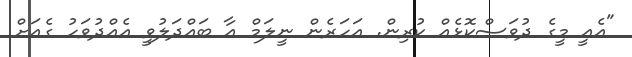
"އެއީ މީގެ ދުވަސްކޮޅެއް ކުރިން. އަހަރެން ނީލަމް އާ ބައްދަލުވީ އެއްދުވަހު ގެއަށް